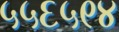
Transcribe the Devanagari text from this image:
५५६५९४